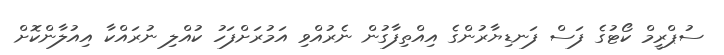
ސުޕްރީމް ކޯޓުގެ ފަސް ފަނޑިޔާރުންގެ އިއްތިފާގުން ނެރުއްވި އަމުރަށްފަހު ކުއްލި ނުރައްކާ އިއުލާންކޮށް